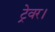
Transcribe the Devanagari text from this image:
ट्रेवर।